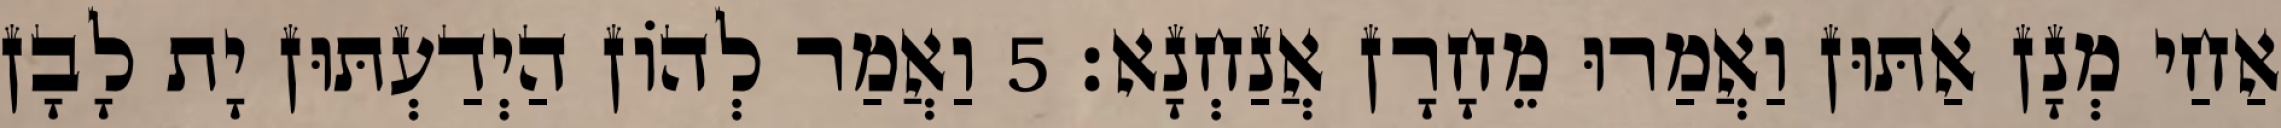
אַחַי מְנָן אַתּוּן וַאֲמַרוּ מֵחָרָן אֲנַחְנָא׃ 5 וַאֲמַר לְהוֹן הַיְדַעְתּוּן יָת לָבָן